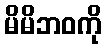
မိမိဘဝကို